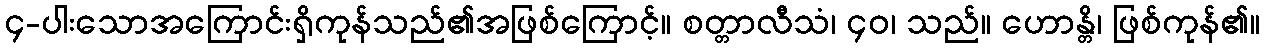
၄-ပါးသောအကြောင်းရှိကုန်သည်၏အဖြစ်ကြောင့်။ စတ္တာလီသံ၊ ၄၀၊ သည်။ ဟောန္တိ၊ ဖြစ်ကုန်၏။